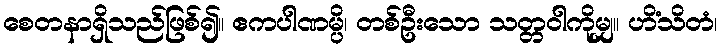
စေတနာရှိသည်ဖြစ်၍။ ဧကပါဏမ္ပိ၊ တစ်ဦးသော သတ္တဝါကိုမျှ။ ဟိံသိတံ၊